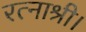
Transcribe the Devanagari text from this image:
रत्नाश्री।